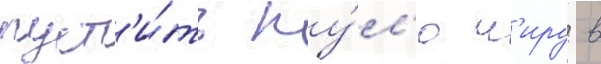
пуст'и́ть пу́л'ю м'иру в